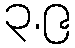
၃.၉